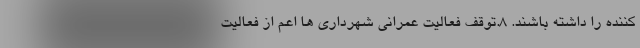
کننده را داشته باشند. ۸.توقف فعالیت عمرانی شهرداری ها اعم از فعالیت